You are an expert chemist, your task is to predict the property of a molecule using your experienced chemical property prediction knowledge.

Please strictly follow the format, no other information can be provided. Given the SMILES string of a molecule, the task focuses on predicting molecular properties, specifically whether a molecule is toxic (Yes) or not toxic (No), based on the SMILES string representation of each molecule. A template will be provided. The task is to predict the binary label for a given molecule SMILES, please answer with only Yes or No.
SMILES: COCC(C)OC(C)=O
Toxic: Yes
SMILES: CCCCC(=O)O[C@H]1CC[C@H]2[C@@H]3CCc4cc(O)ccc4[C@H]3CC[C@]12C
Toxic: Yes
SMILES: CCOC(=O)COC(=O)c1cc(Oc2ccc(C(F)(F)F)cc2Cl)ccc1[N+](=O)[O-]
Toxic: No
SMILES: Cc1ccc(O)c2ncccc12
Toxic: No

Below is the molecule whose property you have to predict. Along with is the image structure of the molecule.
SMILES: CC(C)c1ccccc1C(C)C
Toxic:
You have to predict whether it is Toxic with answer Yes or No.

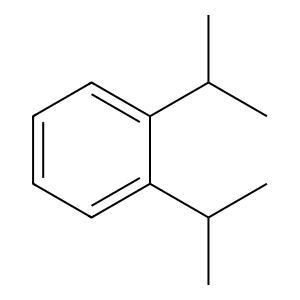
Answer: No